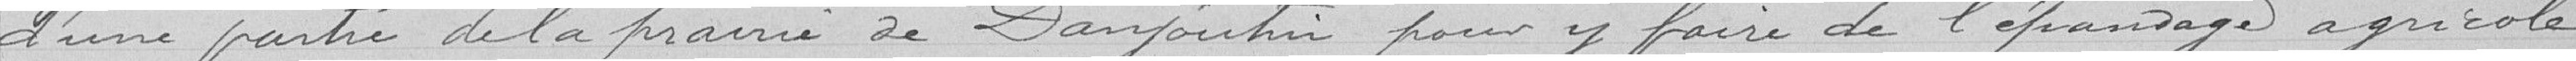
d'une partie de la prairie de Danjoutin pour y faire de l'épandage agricole